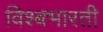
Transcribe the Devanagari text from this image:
विश्बभारती